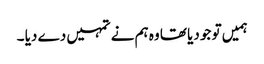
ہمیں تو جو دیا تھا وہ ہم نے تمہیں دے دیا ۔